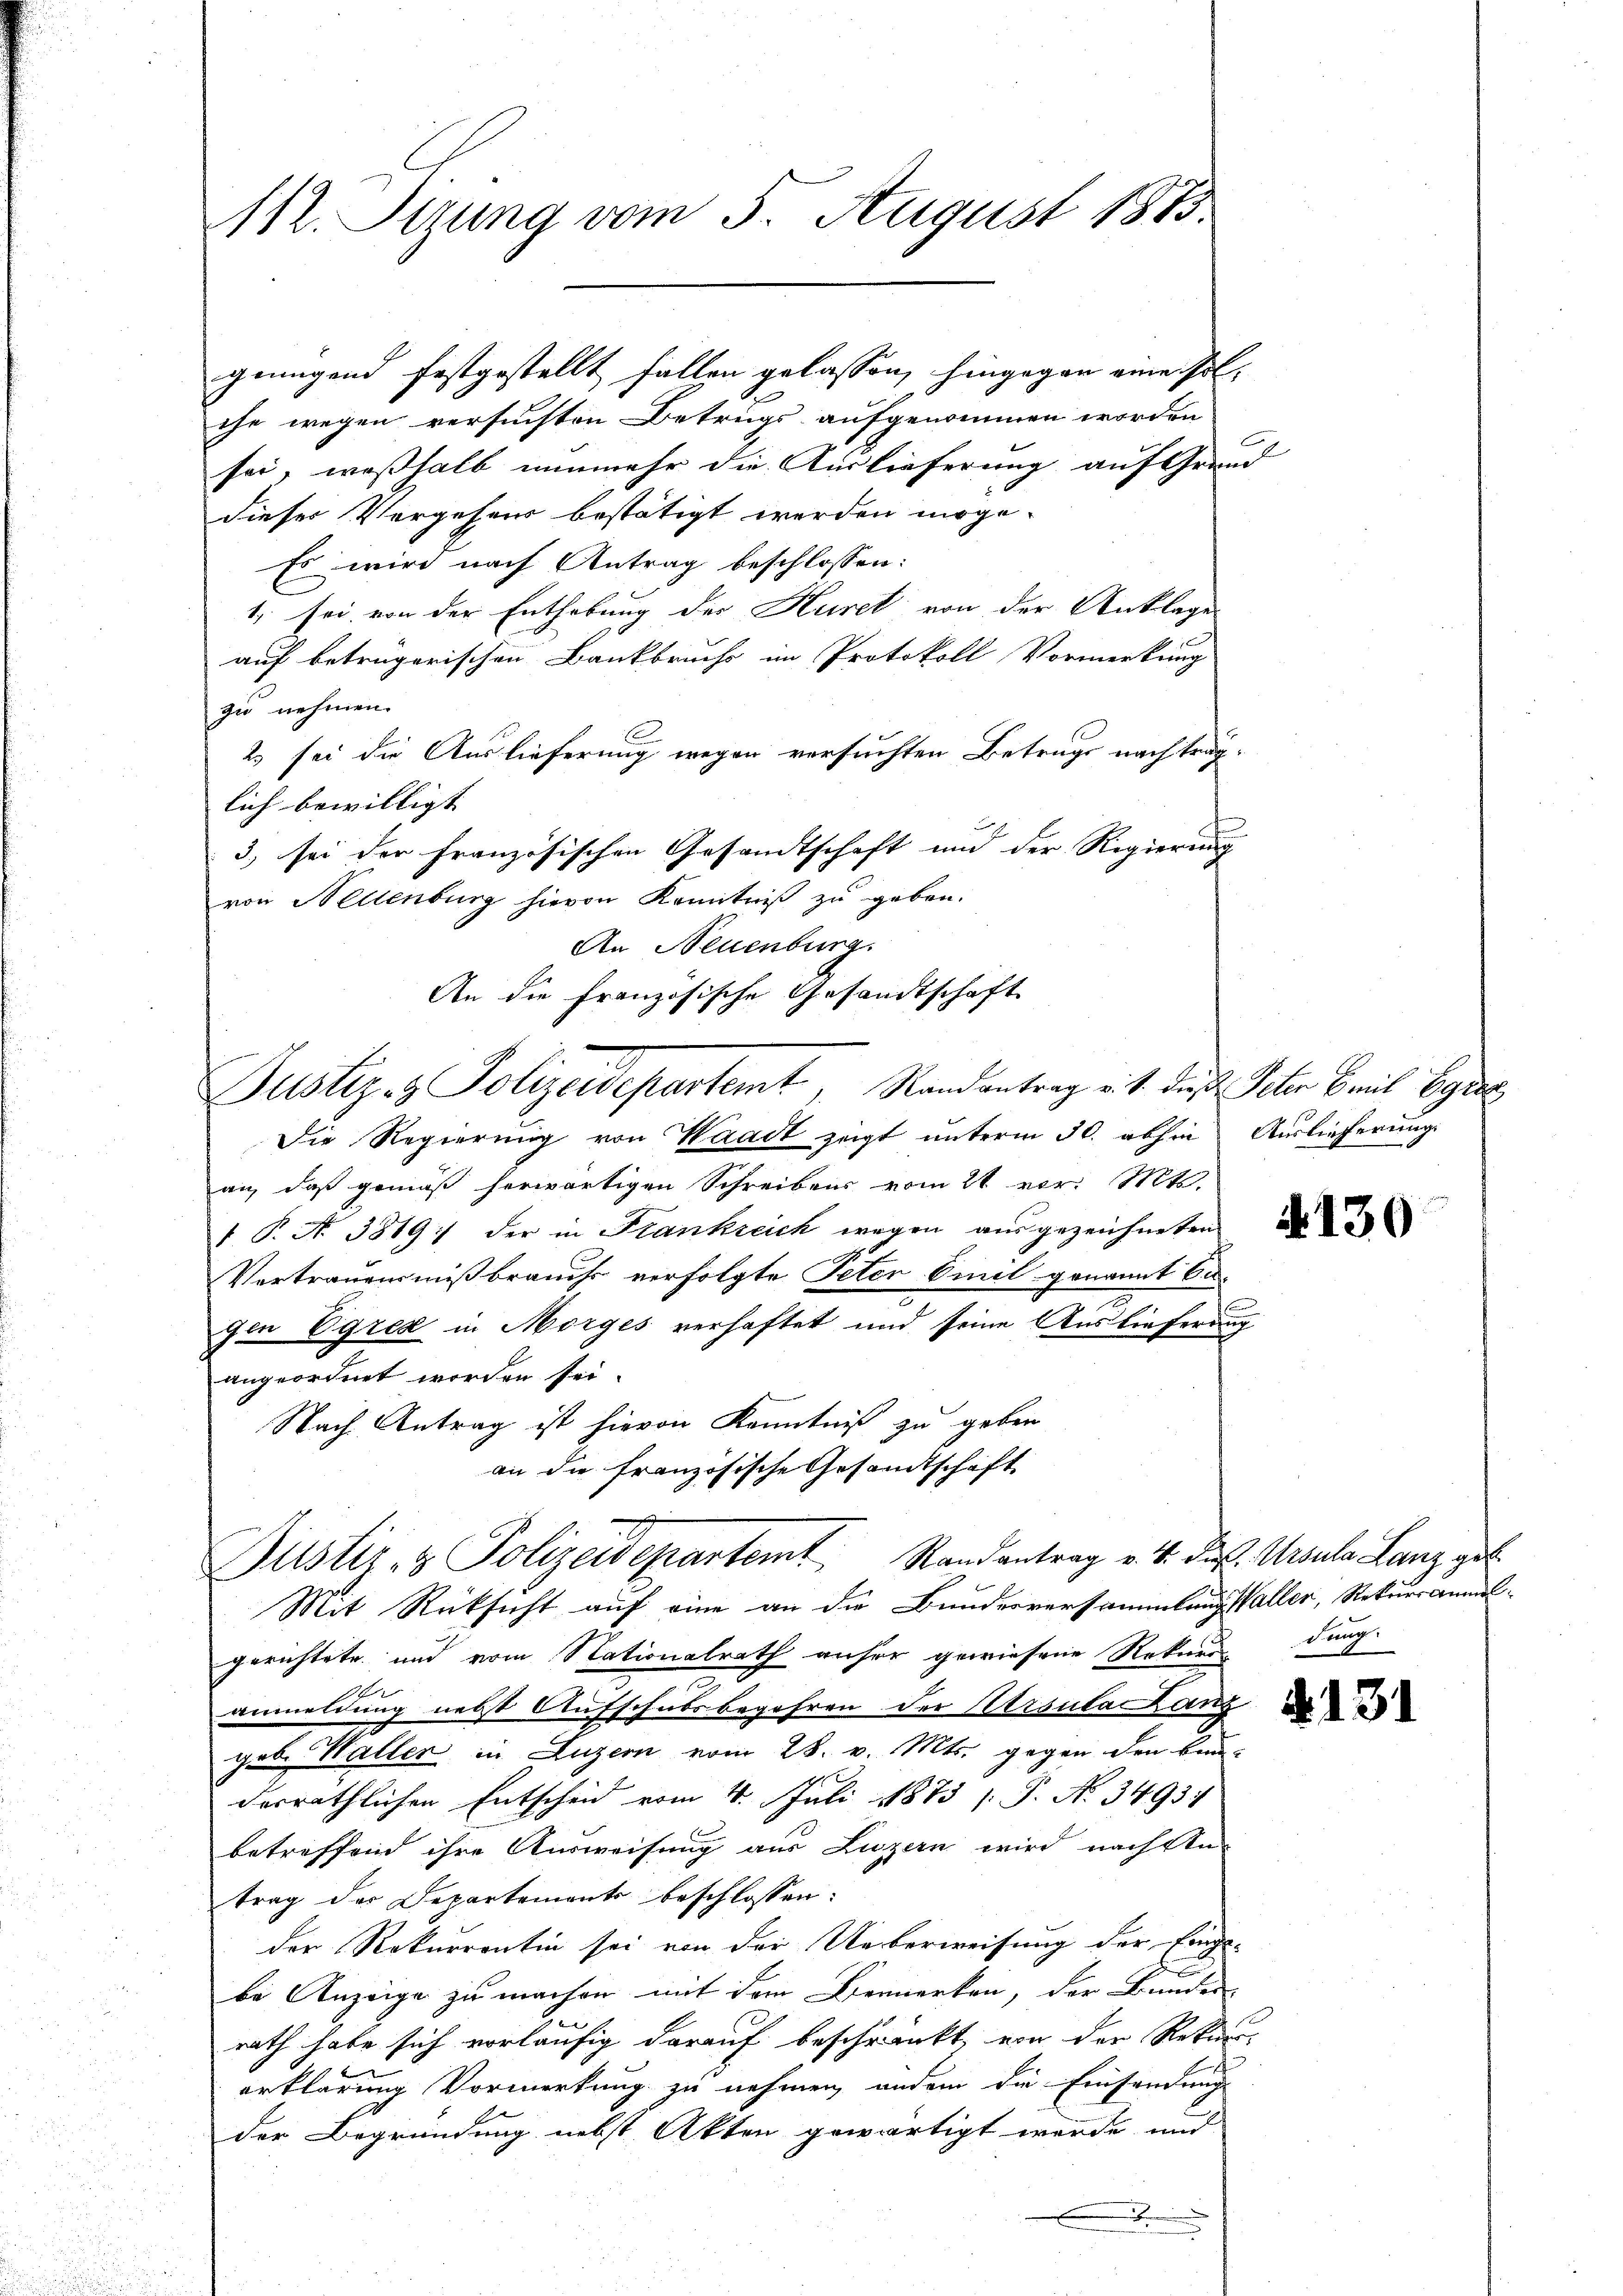
112. Stung vom 5. August 1883.

the wegen versuchten Betrugs aufgenommen worden,
sei, weßhalb nunmehr die Auslieferung auf Grund
dieser Vorgehens bestätigt werden möge.
Es wird nach Antrag beschlossen:
1, sei, von der Enthebung der Huret von der Anklage
auf betrügerischen Bankbruchs im Protokoll Vormerkung
zu nehmen.
2 sei die Auslieferung wegen versuchten Betrugs nach träglich bewilligt. |
3) sei der französischen Gesandtschaft und der Regierung
von Hellenburg hievon Kenntniß zu geben.
An Neuenburg.
An die französische Gesandtschaft
Justiz- & Polizeidepartemt, Randantrag v. 4. dies Vater Breil Berec
Die Regierung von Waadt zeigt unterm 30. abhin Auslieferung
an, daß gemäß herwärtigen Schreibens vom 21. vor. Mts.
1 P. No. 3819. der in Frankreich wegen ausgezeichneten
Vertrauensmißbrauchs verfolgte Peter Emil genannt be-
x
C
gen Ogred in Morges verhaftet und seine Auslieferung
angeordnet worden sei.
Nach Antrag ist hievon Kenntniß zu geben
an die französische Gesandtschaft
Justiz- & Polizeidepartemt Randantrag v. 4. die Ursula Lanz gel
Mit Rücksicht auf eine an die Bundesversammlung aller, Rekurranmelgerichtete und vom Nationalrath anher gewiesene Rekurr
s
anmeldung nebst Aufschubsbegehren der Ursula Lanz
geb. Waller in Luzern vom 28. v. Mts. gegen den Bau
derräthlichen Entscheid vom 4. Juli 1873 / P. No. 34931
betreffend ihre Ausweisung aus Luzern wird nach An
trag der Departemente beschlossen:
der Rekurrentin sei von der Ueberweisung der Finge-
be Anzeige zu machen mit dem Vermerken, der Bundes
rath habe sich vorläufig darauf beschränkt, von der Rekurs-
erklärung Vormerkung zu nehmen, andern die Einsendungs
der Begründung nebst Akten gewärtigt werde, und
n

genügend festgestellt fallen gelassen, hingegen eine sol¬

7

dung.

d. 131